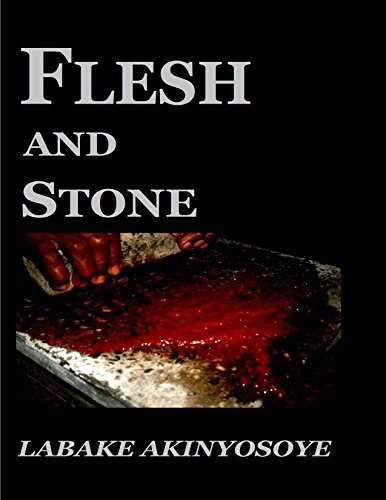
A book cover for Flesh and Stone (The Yomi Olola Mysteries Book 1); Labake Akinyosoye; Teen & Young Adult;